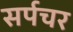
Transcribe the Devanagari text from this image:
सर्पचर